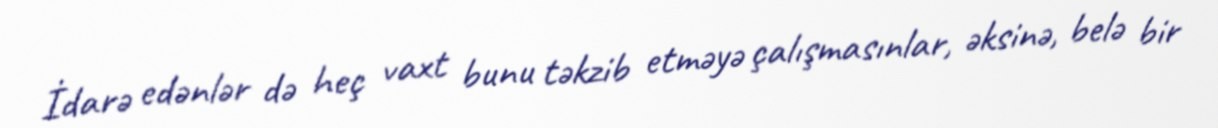
İdarə edənlər də heç vaxt bunu təkzib etməyə çalışmasınlar, əksinə, belə bir